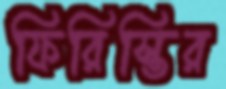
ফিরিস্তির